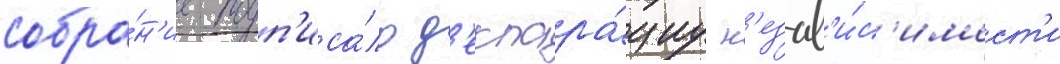
собра́н'ие подп'иса́ло д'еклара́циу н'езав'и́с'имост'и